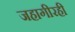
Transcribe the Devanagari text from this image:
जहागीरही